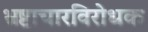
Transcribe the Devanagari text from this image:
भ्रष्टाचारविरोधक